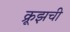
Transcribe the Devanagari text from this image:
क्रूझची